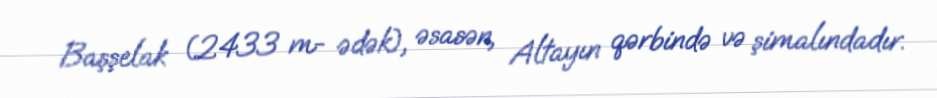
Başşelak (2433 m- ədək), əsasən, Altayın qərbində və şimalındadır.